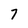
Character: 7